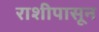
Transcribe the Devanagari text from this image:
राशीपासून